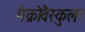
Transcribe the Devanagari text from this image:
मैक्रोवैस्कुलर